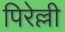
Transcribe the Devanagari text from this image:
पिरेल्ली